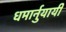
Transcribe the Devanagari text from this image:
धमार्नुयायी